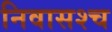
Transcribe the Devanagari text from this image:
निवासश्च